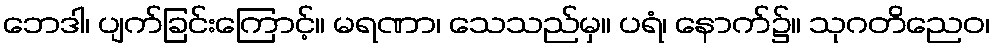
ဘေဒါ၊ ပျက်ခြင်းကြောင့်။ မရဏာ၊ သေသည်မှ။ ပရံ၊ နောက်၌။ သုဂတိညေဝ၊